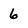
Character: 6